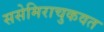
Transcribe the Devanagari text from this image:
ससेमिराचुकवत